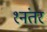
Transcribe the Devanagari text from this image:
१नंतर